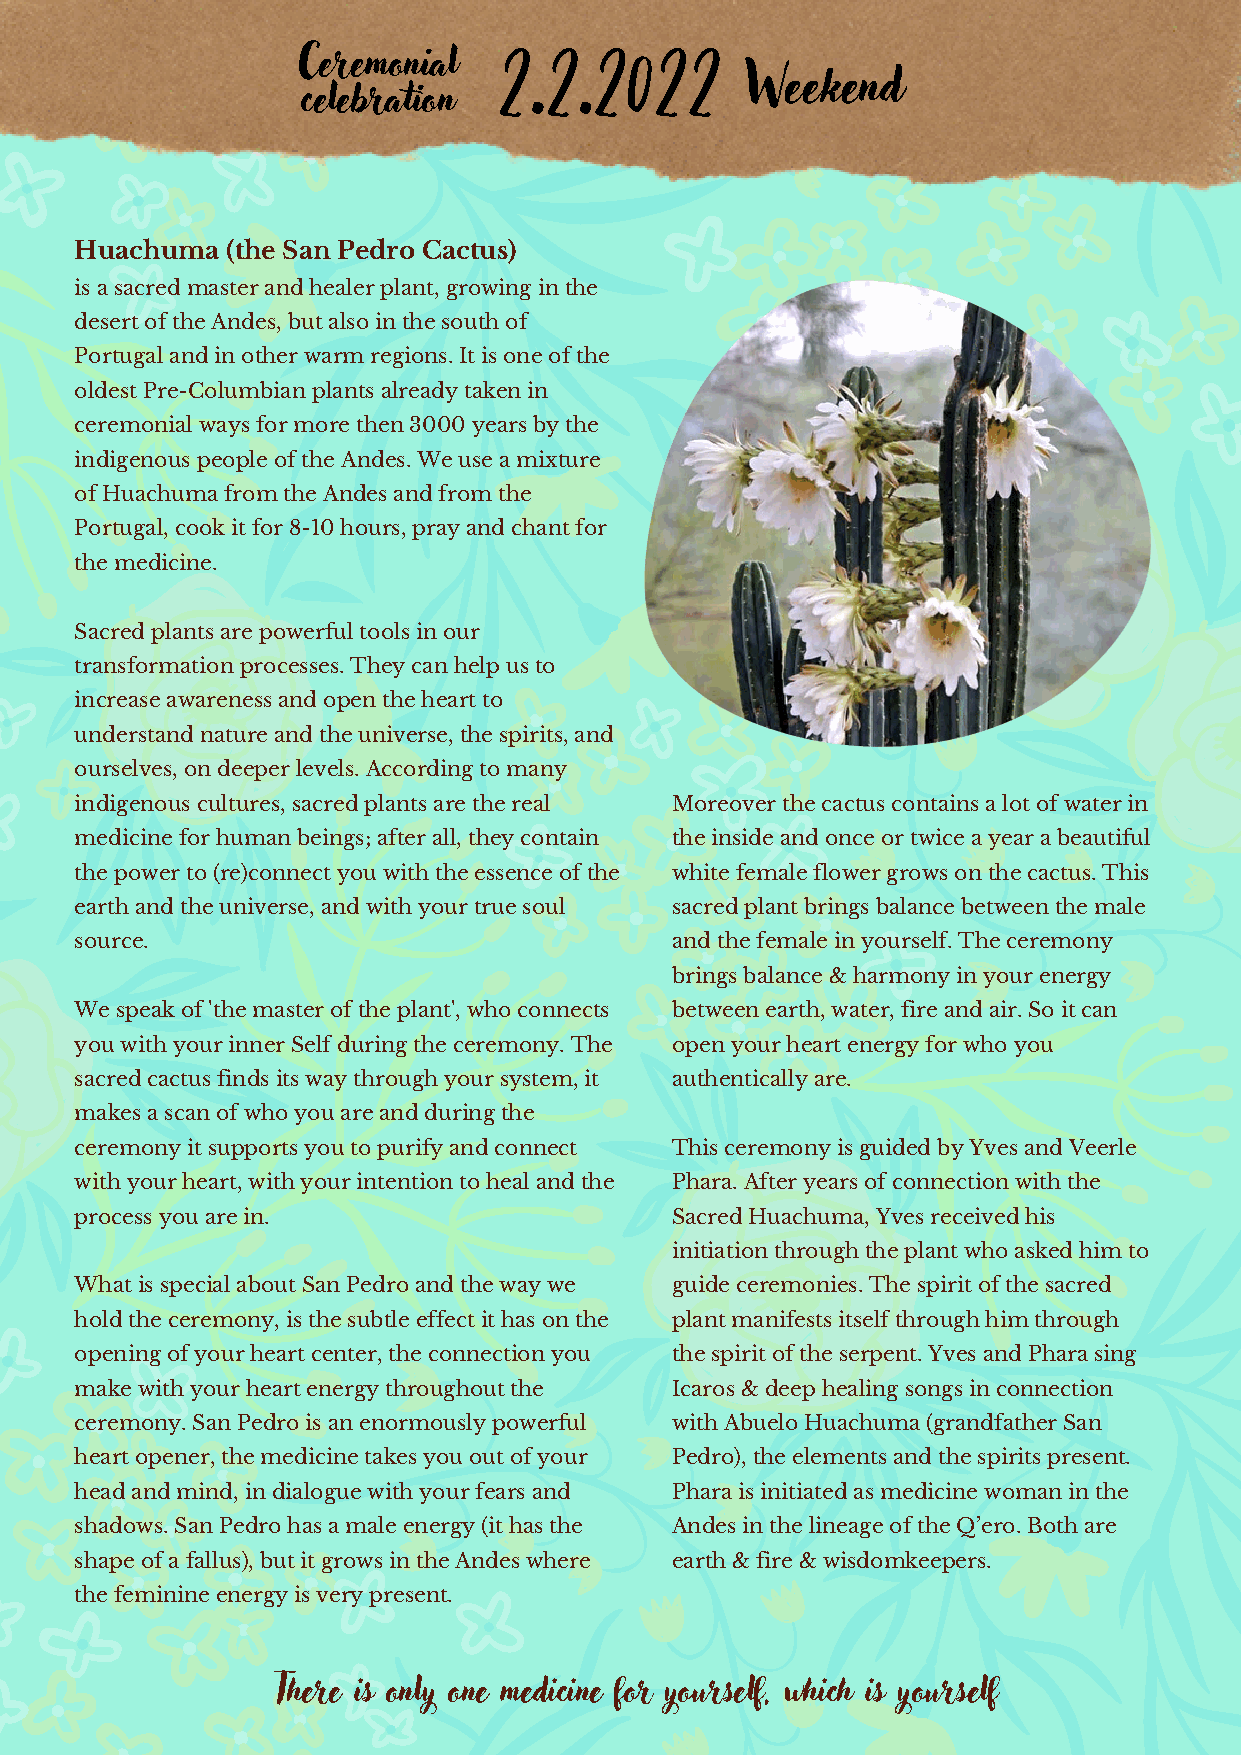
2.2.2022
 Ceremonial
 Weekend
 celebration
 Huachuma  (the San Pedro Cactus)
 is a sacred master and healer plant, growing in the
 desert of the Andes, but also in the south of
 Portugal and in other warm regions. It is one of the
 oldest Pre-Columbian plants already taken in
 ceremonial ways for more then 3000 years by the
 indigenous people of the Andes. We use a mixture
 of Huachuma from the Andes and from the
 Portugal, cook it for 8-10 hours, pray and chant for
 the medicine.
 Sacred plants are powerful tools in our
 transformation processes. They can help us to
 increase awareness and open the heart to
 understand nature and the universe, the spirits, and
 ourselves, on deeper levels. According to many
 indigenous cultures, sacred plants are the real Moreover the cactus contains a lot of water in
 medicine for human beings; after all, they contain the inside and once or twice a year a beautiful
 the power to (re)connect you with the essence of the white female flower grows on the cactus. This
 earth and the universe, and with your true soul sacred plant brings balance between the male
 source.                                and the female in yourself. The ceremony
 brings balance & harmony in your energy
 We speak of 'the master of the plant', who connects between earth, water, fire and air. So it can
 you with your inner Self during the ceremony. The open your heart energy for who you
 sacred cactus finds its way through your system, it authentically are.
 makes a scan of who you are and during the
 ceremony it supports you to purify and connect This ceremony is guided by Yves and Veerle
 with your heart, with your intention to heal and the Phara. After years of connection with the
 process you are in.                    Sacred Huachuma, Yves received his
 initiation through the plant who asked him to
 What is special about San Pedro and the way we guide ceremonies. The spirit of the sacred
 hold the ceremony, is the subtle effect it has on the plant manifests itself through him through
 opening of your heart center, the connection you the spirit of the serpent. Yves and Phara sing
 make with your heart energy throughout the Icaros & deep healing songs in connection
 ceremony. San Pedro is an enormously powerful with Abuelo Huachuma (grandfather San
 heart opener, the medicine takes you out of your Pedro), the elements and the spirits present.
 head and mind, in dialogue with your fears and Phara is initiated as medicine woman in the
 shadows. San Pedro has a male energy (it has the Andes in the lineage of the Q’ero. Both are
 shape of a fallus), but it grows in the Andes where earth & fire & wisdomkeepers.
 the feminine energy is very present.
 There is only one medicine for yourself, which is yourself